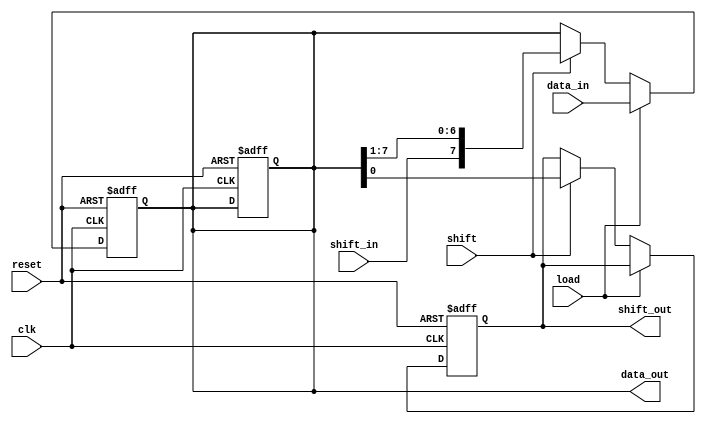
module parameterized_shift_register #(
    parameter WIDTH = 8,             // Width of the shift register
    parameter MODE = 0               // Mode: 0 = SIPO, 1 = PISO, 2 = Shift
) (
    input wire clk,                  // Clock signal
    input wire reset,                // Asynchronous reset
    input wire [WIDTH-1:0] data_in,  // Parallel input data (for PISO)
    input wire shift_in,             // Serial input data (for SIPO)
    input wire load,                 // Load control signal
    input wire shift,                // Shift control signal
    output reg [WIDTH-1:0] data_out, // Parallel output data (for SIPO)
    output reg shift_out             // Serial output data (for SIPO)
);

    // Internal register to hold the shift register data
    reg [WIDTH-1:0] shift_reg;

    // Asynchronous reset and operation on clock edge
    always @(posedge clk or posedge reset) begin
        if (reset) begin
            shift_reg <= {WIDTH{1'b0}}; // Reset the shift register to 0
            data_out <= {WIDTH{1'b0}};  // Reset output to 0
            shift_out <= 1'b0;          // Reset shift output to 0
        end else begin
            if (load) begin
                // Load data_in into the shift register (PISO mode)
                shift_reg <= data_in;
            end else if (shift) begin
                // Shift operation
                if (MODE == 0) begin
                    // SIPO mode: Shift right and load shift_in
                    shift_out <= shift_reg[0]; // Shift out the LSB
                    shift_reg <= {shift_in, shift_reg[WIDTH-1:1]};
                    data_out <= shift_reg; // Update parallel output
                end else if (MODE == 1) begin
                    // PISO mode: Shift right
                    shift_out <= shift_reg[0]; // Shift out the LSB
                    shift_reg <= {1'b0, shift_reg[WIDTH-1:1]}; // Shift right
                end else if (MODE == 2) begin
                    // Simple shift mode: Shift right
                    shift_out <= shift_reg[0]; // Shift out the LSB
                    shift_reg <= {1'b0, shift_reg[WIDTH-1:1]}; // Shift right
                end
            end
        end
    end

    // Assign the parallel output for SIPO mode
    always @(*) begin
        if (MODE == 0) begin
            data_out = shift_reg; // For SIPO, output the current state
        end else begin
            data_out = {WIDTH{1'b0}}; // For PISO and simple shift, output is not valid
        end
    end

endmodule